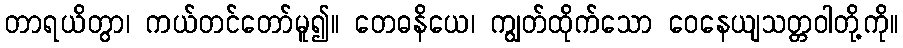
တာရယိတွာ၊ ကယ်တင်တော်မူ၍။ တေဓနိယေ၊ ကျွတ်ထိုက်သော ဝေနေယျသတ္တဝါတို့ကို။